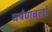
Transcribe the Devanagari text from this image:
घर्षणबलों